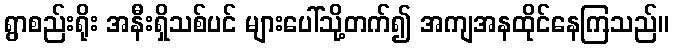
ရွာစည်းရိုး အနီးရှိသစ်ပင် များပေါ်သို့တက်၍ အကျအနထိုင်နေကြသည်။